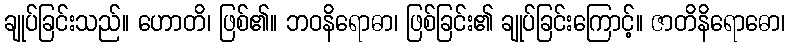
ချုပ်ခြင်းသည်။ ဟောတိ၊ ဖြစ်၏။ ဘဝနိရောဓာ၊ ဖြစ်ခြင်း၏ ချုပ်ခြင်းကြောင့်။ ဇာတိနိရောဓော၊